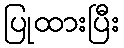
ပြုထားပြီး